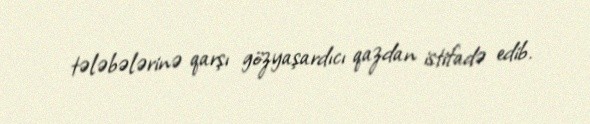
tələbələrinə qarşı gözyaşardıcı qazdan istifadə edib.